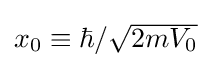
{\textstyle x_{0}\equiv \hbar /{\sqrt {2mV_{0}}}}